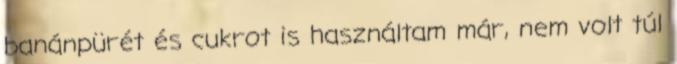
banánpürét és cukrot is használtam már, nem volt túl